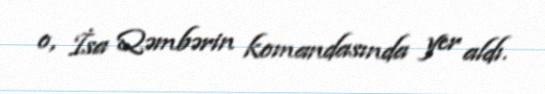
o, İsa Qəmbərin komandasında yer aldı.